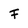
Character: F